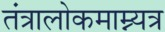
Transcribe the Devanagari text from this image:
तंत्रालोकमाम्न्यत्र